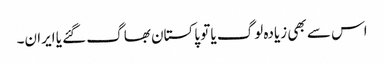
اس سے بھی زیادہ لوگ یا تو پاکستان بھاگ گئے یا ایران۔